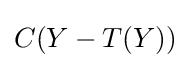
C(Y-T(Y))